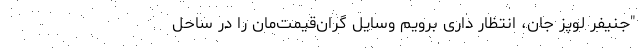
"جنیفر لوپز جان، انتظار داری برویم وسایل گران‌قیمت‌مان را در ساحل